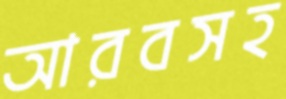
আরবসহ